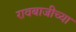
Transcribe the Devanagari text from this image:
रावबाजीच्या